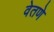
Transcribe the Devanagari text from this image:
वेतणे